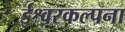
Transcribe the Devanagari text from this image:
ईश्वरकल्पना